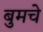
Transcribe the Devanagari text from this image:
बुमचे